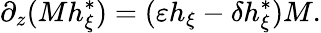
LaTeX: \partial_{z}(Mh_{\xi}^{*})=(\varepsilon h_{\xi}-\delta h_{\xi}^{*})M.